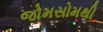
જોમસોમથી